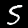
Label: 5